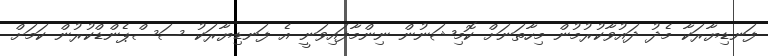
ފަނޑިޔާރަކާ މެދު ދައުވާކުރުމުން މިހާތަނަށް ކޮމިޝަނުން ނިންމާފައިވަނީ އެ ފަނޑިޔާރަކު ސަސްޕެންޑްކުރުން ކަމަށް